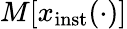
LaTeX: M\lbrack x_{\mathrm{inst}}(\cdot)\rbrack